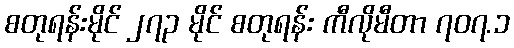
စတုရန်းမိုင် ၂၇၃ မိုင် စတုရန်း ကီလိုမီတာ ၇၀၇.၁